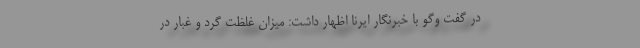
در گفت وگو با خبرنگار ایرنا اظهار داشت: میزان غلظت گرد و غبار در